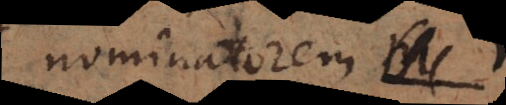
nominatorem r